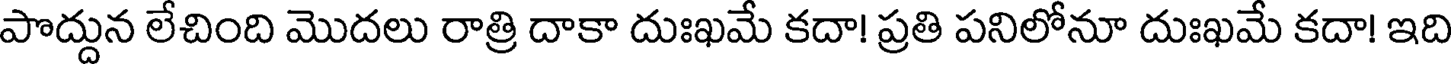
పొద్దున లేచింది మొదలు రాత్రి దాకా దుఃఖమే కదా! ప్రతి పనిలోనూ దుఃఖమే కదా! ఇది